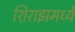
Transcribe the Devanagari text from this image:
शिराझमध्ये